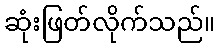
ဆုံးဖြတ်လိုက်သည်။